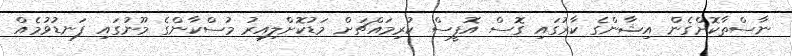
ނާސްތާކޮށްގެން އިޝާންގެ ކާރުގައި ގޮސް އޮފީސް ކުރިމައްޗަށް މަޑުކޮށްލިއިރު މުސްކާންގެ މޫނުގައި ފަނޑުވުމެއް